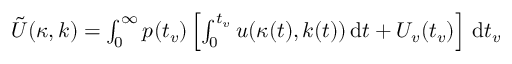
\begin{array} { r } { \tilde { U } ( \kappa , k ) = \int _ { 0 } ^ { \infty } p ( t _ { v } ) \left[ \int _ { 0 } ^ { t _ { v } } u ( \kappa ( t ) , k ( t ) ) \, \mathrm { d } t + U _ { v } ( t _ { v } ) \right] \, \mathrm { d } t _ { v } } \end{array}